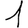
Digit: 1